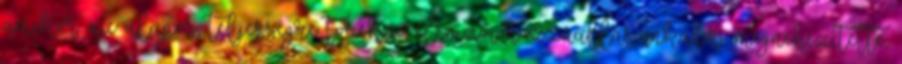
amikor az alapos, teljességre törekvő elemzői hozzáállás inkább megnehezítette,